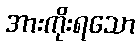
အားကိုးရသော